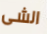
الشى